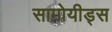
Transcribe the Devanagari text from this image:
सामोयीड्स